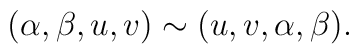
(\alpha,\beta,u,v)\sim(u,v,\alpha,\beta).